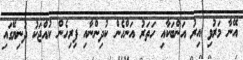
އޭނާ މަރުވި އިރު އަންބަކާއި ހަތަރު އަންހެން ކުދިންނާއި ފިރިހެން ކުއްޖަކު ދުނިޔޭގައި